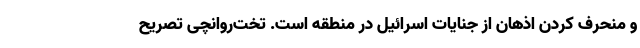
و منحرف کردن اذهان از جنایات اسرائیل در منطقه است. تخت‌روانچی تصریح